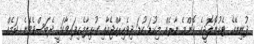
ދުނިޔޭގެ ޓެކުނޮލޮޖީގެ ކޮންމެ ނާރެއް މިކުޑަ ކުޑަ ދިވެހިރާއްޖެއާއި ގުޅިލާމެހިފައިވާކަމީ ދެބަސްވެވޭނެ ކަމެއް